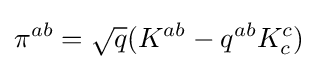
\pi ^{ab}={\sqrt {q}}(K^{ab}-q^{ab}K_{c}^{c})